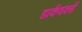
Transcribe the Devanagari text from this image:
डार्कवर्क्स